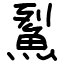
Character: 鮤